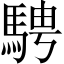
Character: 騁